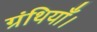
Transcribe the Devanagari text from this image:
ग्रंथियाँ।